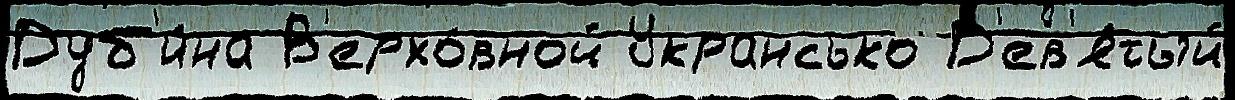
Дуб'и́на В'ерхо́вной Укрансько Д'ев'я́тый